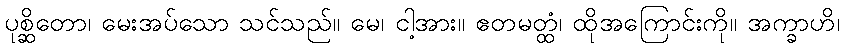
ပုစ္ဆိတော၊ မေးအပ်သော သင်သည်။ မေ၊ ငါ့အား။ ဧတမတ္ထံ၊ ထိုအကြောင်းကို။ အက္ခာဟိ၊